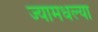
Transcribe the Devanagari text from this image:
ज्यामधल्या